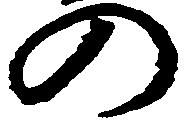
の